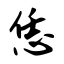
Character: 恁